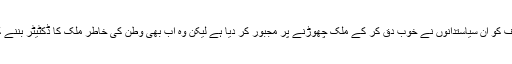
جنرل مشرف کو ان سیاستدانوں نے خوب دق کر کے ملک چھوڑنے پر مجبور کر دیا ہے لیکن وہ اب بھی وطن کی خاطر ملک کا ڈکٹیٹر بننے کو تیار ہیں۔